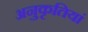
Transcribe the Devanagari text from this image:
अनुकृतियां